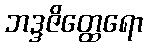
ဘဒ္ဒဇိတ္ထေရော